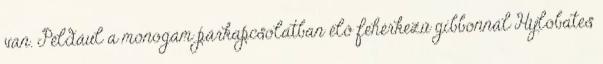
van. Például a monogám párkapcsolatban élő fehérkezű gibbonnál Hylobates